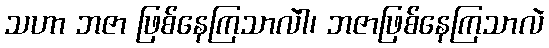
သဟာ ဘဇာ ဖြစ်နေကြသာလဲါ၊ ဘဇာဖြစ်နေကြသာလဲ